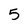
Character: 5